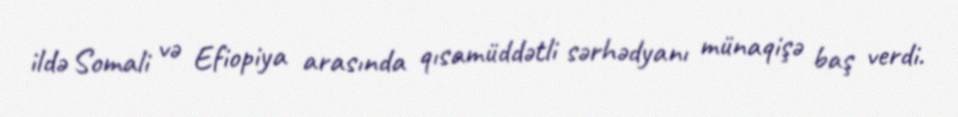
ildə Somali və Efiopiya arasında qısamüddətli sərhədyanı münaqişə baş verdi.